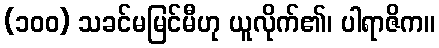
(၁၀၀) သခင်မမြင်မီဟု ယူလိုက်၏၊ ပါရာဇိက။